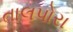
તાલપોરા